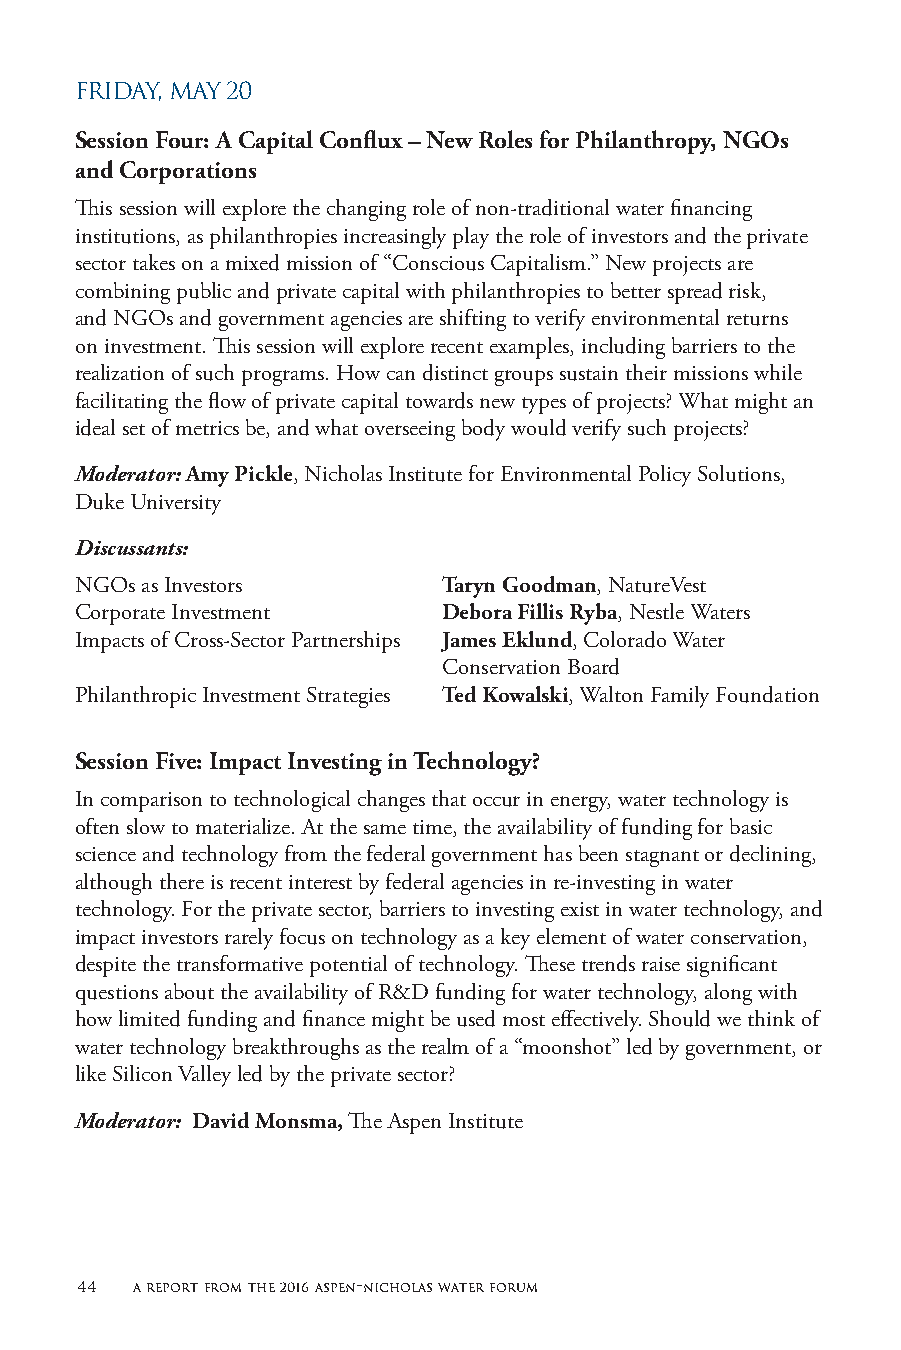
FRIDAY, MAY 20
 Session Four: A Capital Conflux – New Roles for Philanthropy, NGOs
 and Corporations
 This session will explore the changing role of non-traditional water financing
 institutions, as philanthropies increasingly play the role of investors and the private
 sector takes on a mixed mission of “Conscious Capitalism.” New projects are
 combining public and private capital with philanthropies to better spread risk,
 and NGOs and government agencies are shifting to verify environmental returns
 on investment. This session will explore recent examples, including barriers to the
 realization of such programs. How can distinct groups sustain their missions while
 facilitating the flow of private capital towards new types of projects? What might an
 ideal set of metrics be, and what overseeing body would verify such projects?
 Moderator: Amy Pickle, Nicholas Institute for Environmental Policy Solutions,
 Duke University
 Discussants:
 NGOs as Investors       Taryn Goodman, NatureVest
 Corporate Investment    Debora Fillis Ryba, Nestle Waters
 Impacts of Cross-Sector Partnerships James Eklund, Colorado Water
 Conservation Board
 Philanthropic Investment Strategies Ted Kowalski, Walton Family Foundation
 Session Five: Impact Investing in Technology?
 In comparison to technological changes that occur in energy, water technology is
 often slow to materialize. At the same time, the availability of funding for basic
 science and technology from the federal government has been stagnant or declining,
 although there is recent interest by federal agencies in re-investing in water
 technology. For the private sector, barriers to investing exist in water technology, and
 impact investors rarely focus on technology as a key element of water conservation,
 despite the transformative potential of technology. These trends raise significant
 questions about the availability of R&D funding for water technology, along with
 how limited funding and finance might be used most effectively. Should we think of
 water technology breakthroughs as the realm of a “moonshot” led by government, or
 like Silicon Valley led by the private sector?
 Moderator: David Monsma, The Aspen Institute
 44  a report from the 2016 aspen-nicholas water forum